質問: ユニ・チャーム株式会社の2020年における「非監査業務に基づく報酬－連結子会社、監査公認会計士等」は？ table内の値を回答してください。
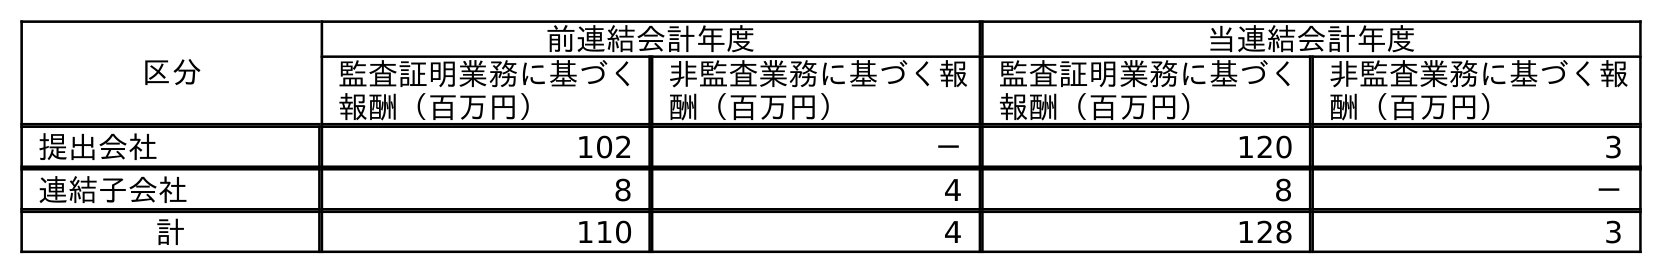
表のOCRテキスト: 区分 前連結会計年度 当連結会計年度 監査証明業務に基づく 報酬（百万円） 非監査業務に基づく報 酬（百万円） 監査証明業務に基づく 報酬（百万円） 非監査業務に基づく報 酬（百万円） 提出会社 102 － 120 3 連結子会社 8 4 8 － 計 110 4 128 3
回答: －